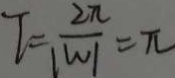
T = \frac { 2 \pi } { \vert W \vert } = \pi